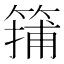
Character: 𥱴